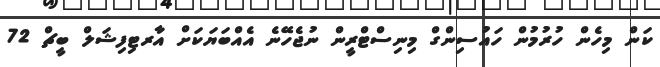
ކަން މިހެން ހުރުމުން ހައުސިންގް މިނިސްޓްރީން ނުޖެހޭނެ އެއްބަޔަކަށް އާރޓިފިޝަލް ބީޗް 72